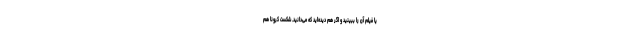
یا فیلم آن را ببینید و اگر هم دیده‌اید که می‌دانید. شکست کرونا هم